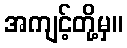
အကျင့်တို့မှ။